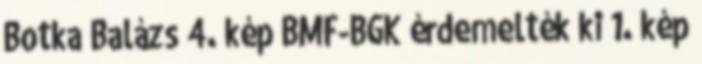
Botka Balázs 4. kép BMF-BGK érdemelték ki 1. kép